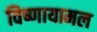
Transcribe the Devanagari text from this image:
विष्णायामल